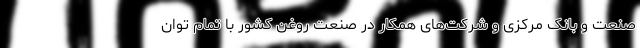
صنعت و بانک مرکزی و شرکت‌های همکار در صنعت روغن کشور با تمام توان